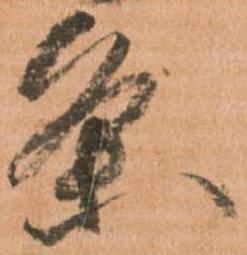
条